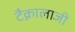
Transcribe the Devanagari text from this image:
टैक्नालाजी